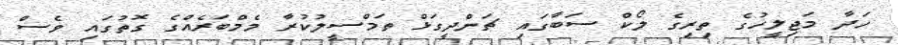
ހަދާ މަޖިލީހުގެ ތިރިގެ ލޯކް ސަބާގައި ޗަންދީގަޅް ތަމްސީލުކުރާ މެމްބަރެއްގެ ގޮތުގައި ވެސް